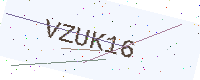
Text: VZUK16